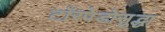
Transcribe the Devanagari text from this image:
टॉरपेडोसुद्धा